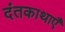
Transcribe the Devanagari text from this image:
दंतकाथाएँ